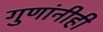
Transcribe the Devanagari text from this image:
गुणांनीही